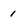
Character: 1